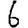
Digit: 6